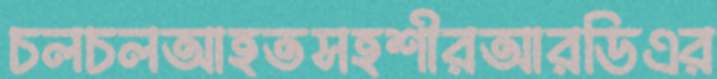
চলচলআহতসহশীরআরডিএর